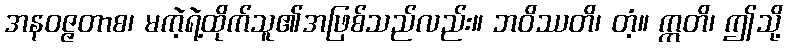
အနဝဇ္ဇတာစ၊ မကဲ့ရဲ့ထိုက်သူ၏အဖြစ်သည်လည်း။ ဘဝိဿတိ၊ တံ့။ ဣတိ၊ ဤသို့